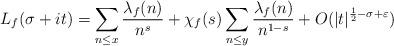
LaTeX: \begin{align*}L_f(\sigma+it)=\sum_{n\leq x}\frac{\lambda_f(n)}{n^{s}}+\chi_f(s)\sum_{n\leq y}\frac{\lambda_f(n)}{n^{1-s}}+O(|t|^{\frac{1}{2}-\sigma+\varepsilon})\end{align*}